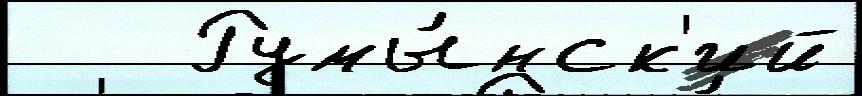
   Румы́нск'ий